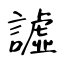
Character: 譃